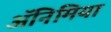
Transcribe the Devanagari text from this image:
अॅनिमिया